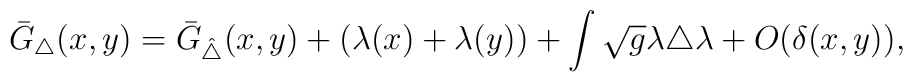
\bar{G}_{\triangle}(x,y)=\bar{G}_{\hat\triangle}(x,y)+(\lambda(x)+\lambda(y))+ \int\sqrt{g}\lambda {\triangle} \lambda+O(\delta(x,y)),